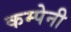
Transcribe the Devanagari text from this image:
कम्पेनी